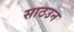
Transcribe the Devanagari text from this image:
साठउन